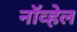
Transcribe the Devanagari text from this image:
नॉव्हेल